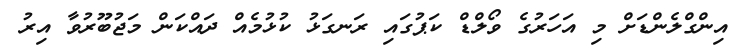
އިންގްލެންޑަށް މި އަހަރުގެ ވޯލްޑް ކަޕުގައި ރަނގަޅު ކުޅުމެއް ދައްކަން މަޖުބޫރުވާ އިރު